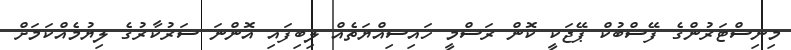
މިނިސްޓަރުންގެ ފޭސްބުކް ޕޭޖަކީ ކޮން ރަސްމީ ހައިސިއްޔަތެއް ލިބިފައި އޮންނަ ސަރުކާރުގެ ލިޔުމެއްކަމަށް